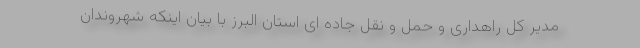
مدیر کل راهداری و حمل و نقل جاده ای استان البرز با بیان اینکه شهروندان